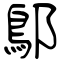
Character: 鄥